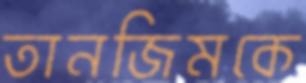
তানজিমকে